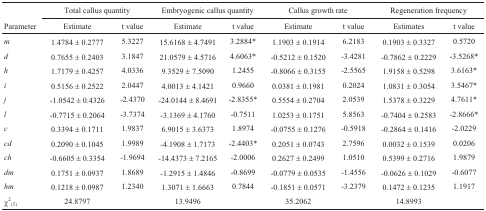
<table><thead><tr><td></td><td colspan="2"><b>Total callus quantity</b></td><td colspan="2"><b>Embryogenic callus quantity</b></td><td colspan="2"><b>Callus growth rate</b></td><td colspan="2"><b>Regeneration frequency</b></td></tr><tr><td><b>Parameter</b></td><td><b>Estimate</b></td><td><b>t value</b></td><td><b>Estimate</b></td><td><b>t value</b></td><td><b>Estimate</b></td><td><b>t value</b></td><td><b>Estimates</b></td><td><b>t value</b></td></tr></thead><tbody><tr><td><i>m</i></td><td>1.4784 ±0.2777</td><td>5.3227</td><td>15.6168 ± 4.7491</td><td>3.2884*</td><td>1.1903 ±0.1914</td><td>6.2183</td><td>0.1903 ± 0.3327</td><td>0.5720</td></tr><tr><td><i>d</i></td><td>0.7655 ±0.2403</td><td>3.1847</td><td>21.0579 ± 4.5716</td><td>4.6063*</td><td>−0.5212 ± 0.1520</td><td>−3.4281</td><td>−0.7862 ± 0.2229</td><td>−3.5268*</td></tr><tr><td><i>h</i></td><td>1.7179 ±0.4257</td><td>4.0336</td><td>9.3529 ± 7.5090</td><td>1.2455</td><td>−0.8066 ± 0.3155</td><td>−2.5565</td><td>1.9158 ± 0.5298</td><td>3.6163*</td></tr><tr><td><i>i</i></td><td>0.5156 ±0.2522</td><td>2.0447</td><td>4.0013 ± 4.1421</td><td>0.9660</td><td>0.0381 ±0.1981</td><td>0.2024</td><td>1.0831 ± 0.3054</td><td>3.5467*</td></tr><tr><td><i>j</i></td><td>−1.0542 ± 0.4326</td><td>−2.4370</td><td>−24.0144 ± 8.4691</td><td>−2.8355*</td><td>0.5554 ±0.2704</td><td>2.0539</td><td>1.5378 ± 0.3229</td><td>4.7611*</td></tr><tr><td><i>L</i></td><td>−0.7715 ± 0.2064</td><td>−3.7374</td><td>−3.1369 ±4.1760</td><td>−0.7511</td><td>1.0253 ±0.1751</td><td>5.8563</td><td>−0.7404 ± 0.2583</td><td>−2.8666*</td></tr><tr><td><i>c</i></td><td>0.3394 ±0.1711</td><td>1.9837</td><td>6.9015 ± 3.6373</td><td>1.8974</td><td>−0.0755 ± 0.1276</td><td>−0.5918</td><td>−0.2864 ± 0.1416</td><td>−2.0229</td></tr><tr><td><i>cd</i></td><td>0.2090 ±0.1045</td><td>1.9989</td><td>−4.1908 ± 1.7173</td><td>−2.4403*</td><td>0.2051 ±0.0743</td><td>2.7596</td><td>0.0032 ± 0.1539</td><td>0.0206</td></tr><tr><td><i>ch</i></td><td>−0.6605 ± 0.3354</td><td>−1.9694</td><td>−14.4373 ± 7.2165</td><td>−2.0006</td><td>0.2627 ± 0.2499</td><td>1.0510</td><td>0.5399 ± 0.2716</td><td>1.9879</td></tr><tr><td><i>dm</i></td><td>0.1751 ±0.0937</td><td>1.8689</td><td>−1.2915 ± 1.4846</td><td>−0.8699</td><td>−0.0779 ± 0.0535</td><td>−1.4556</td><td>−0.0626 ± 0.1029</td><td>−0.6077</td></tr><tr><td><i>hm</i></td><td>0.1218 ±0.0987</td><td>1.2340</td><td>1.3071 ± 1.6663</td><td>0.7844</td><td>−0.1851 ± 0.0571</td><td>−3.2379</td><td>0.1472 ± 0.1235</td><td>1.1917</td></tr><tr><td>χ<sup>2</sup>(5)</td><td>24.8797</td><td></td><td>13.9496</td><td></td><td>35.2062</td><td></td><td>14.8993</td><td></td></tr></tbody></table>